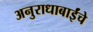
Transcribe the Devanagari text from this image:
अनुराधाबाईंचे